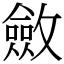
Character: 斂